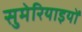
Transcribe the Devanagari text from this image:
सुमेरियाइयों